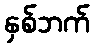
နှစ်ဘက်